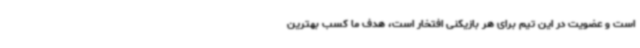
است و عضویت در این تیم برای هر بازیکنی افتخار است، هدف ما کسب بهترین